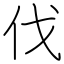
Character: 伐